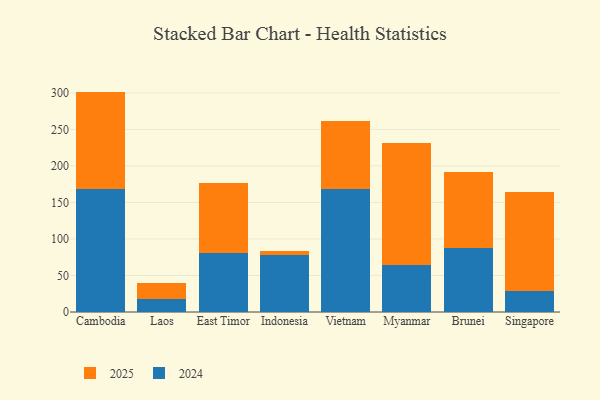
{"axis": {"x": "Country", "y": "Revenue (USD Million)"}, "legend": ["2024", "2025"], "data": [{"x": "Cambodia", "y": 134.0, "type": "2025"}, {"x": "Cambodia", "y": 167.8, "type": "2024"}, {"x": "Laos", "y": 22.0, "type": "2025"}, {"x": "Laos", "y": 17.3, "type": "2024"}, {"x": "East Timor", "y": 95.8, "type": "2025"}, {"x": "East Timor", "y": 80.8, "type": "2024"}, {"x": "Indonesia", "y": 6.4, "type": "2025"}, {"x": "Indonesia", "y": 77.7, "type": "2024"}, {"x": "Vietnam", "y": 92.5, "type": "2025"}, {"x": "Vietnam", "y": 168.6, "type": "2024"}, {"x": "Myanmar", "y": 166.3, "type": "2025"}, {"x": "Myanmar", "y": 64.6, "type": "2024"}, {"x": "Brunei", "y": 103.9, "type": "2025"}, {"x": "Brunei", "y": 87.8, "type": "2024"}, {"x": "Singapore", "y": 136.3, "type": "2025"}, {"x": "Singapore", "y": 28.1, "type": "2024"}]}